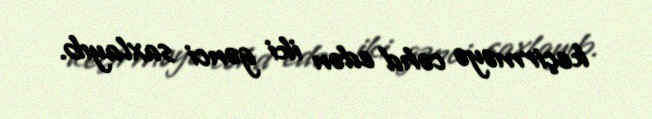
keçirməyə cəhd edən iki gənci saxlayıb.